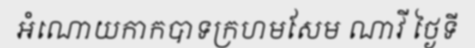
អំណោយកាកបាទក្រហមសែម ណាវី ថ្ងៃទី